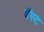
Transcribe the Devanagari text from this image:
बॅस्ट